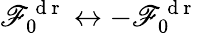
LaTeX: \mathscr{F}_{0}^{\mathrm{{~d~r~}}}\leftrightarrow-\mathscr{F}_{0}^{\mathrm{{~d~r~}}}